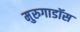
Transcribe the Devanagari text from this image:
मुरुगाडॉस